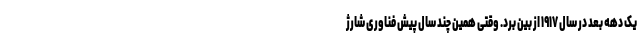
یک دهه بعد در سال ۱۹۱۷ از بین برد. وقتی همین چند سال پیش فناوری شارژ